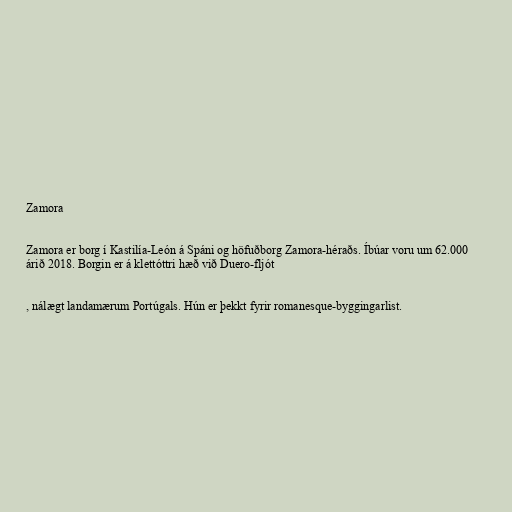
Zamora

Zamora er borg í Kastilía-León á Spáni og höfuðborg Zamora-héraðs. Íbúar voru um 62.000
árið 2018. Borgin er á klettóttri hæð við Duero-fljót

, nálægt landamærum Portúgals. Hún er þekkt fyrir romanesque-byggingarlist.